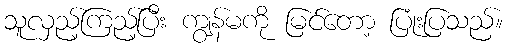
သူလှည့်ကြည့်ပြီး ကျွန်မကို မြင်တော့ ပြုံးပြသည်။